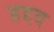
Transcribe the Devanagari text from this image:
हद्दद